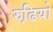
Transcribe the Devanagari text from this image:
रुढि़यो